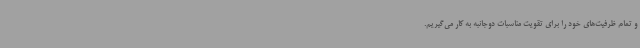
و تمام ظرفیت‌های خود را برای تقویت مناسبات دوجانبه به کار می‌گیریم.